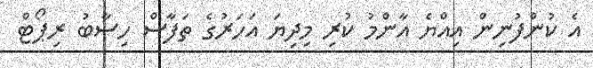
އެ ކުންފުނިން އިއްޔެ އާންމު ކުރި މިދިޔަ އަހަރުގެ ތަފާސް ހިސާބު ރިޕޯޓް